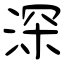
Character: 深